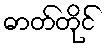
ဓာတ်တိုင်